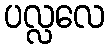
ပလ္လလေ